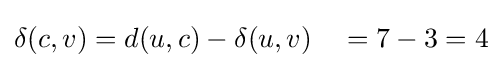
\delta (c,v)=d(u,c)-\delta (u,v)\quad =7-3=4